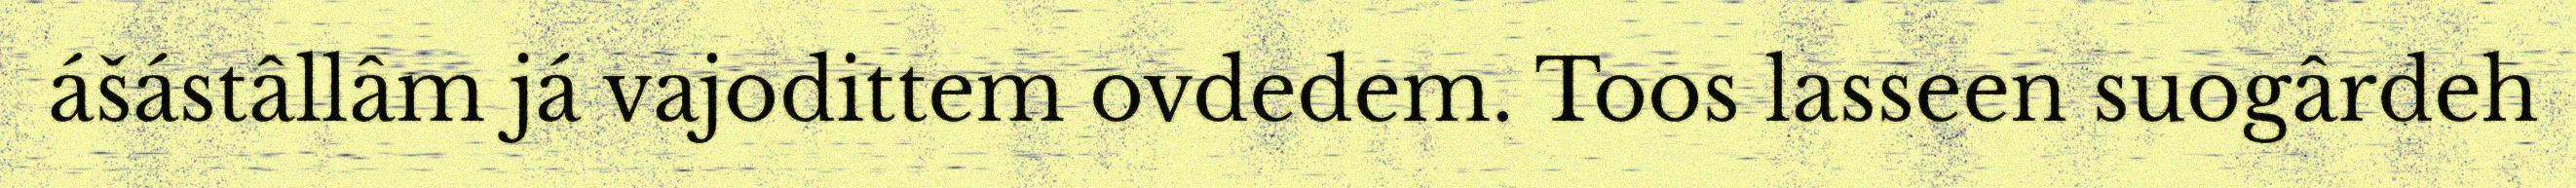
ášástâllâm já vajodittem ovdedem. Toos lasseen suogârdeh